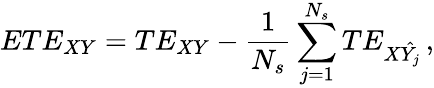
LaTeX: ETE_{XY}=TE_{XY}-\frac{1}{N_{s}}\sum_{j=1}^{N_{s}}TE_{X\hat{Y_{j}}}\, ,